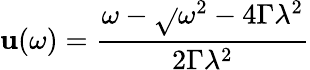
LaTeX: \mathbf{u}(\omega)=\frac{{\omega-\sqrt{}{{\omega^{2}-4\Gamma\lambda^{2}}}}}{{2\Gamma\lambda^{2}}}